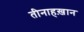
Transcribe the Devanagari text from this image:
तीनाहख़ान